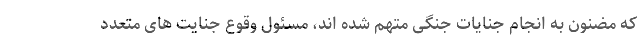
که مضنون به انجام جنایات جنگی متهم شده اند، مسئول وقوع جنایت های متعدد